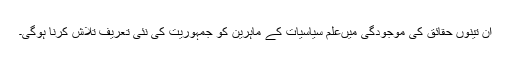
ان تینوں حقائق کی موجودگی میںعلم ِسیاسیات کے ماہرین کو جمہوریت کی نئی تعریف تلاش کرنا ہوگی۔